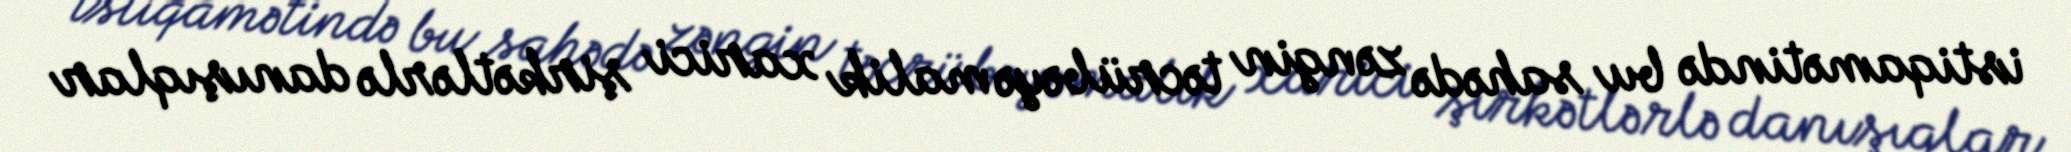
istiqamətində bu sahədə zəngin təcrübəyə malik xarici şirkətlərlə danışıqlar